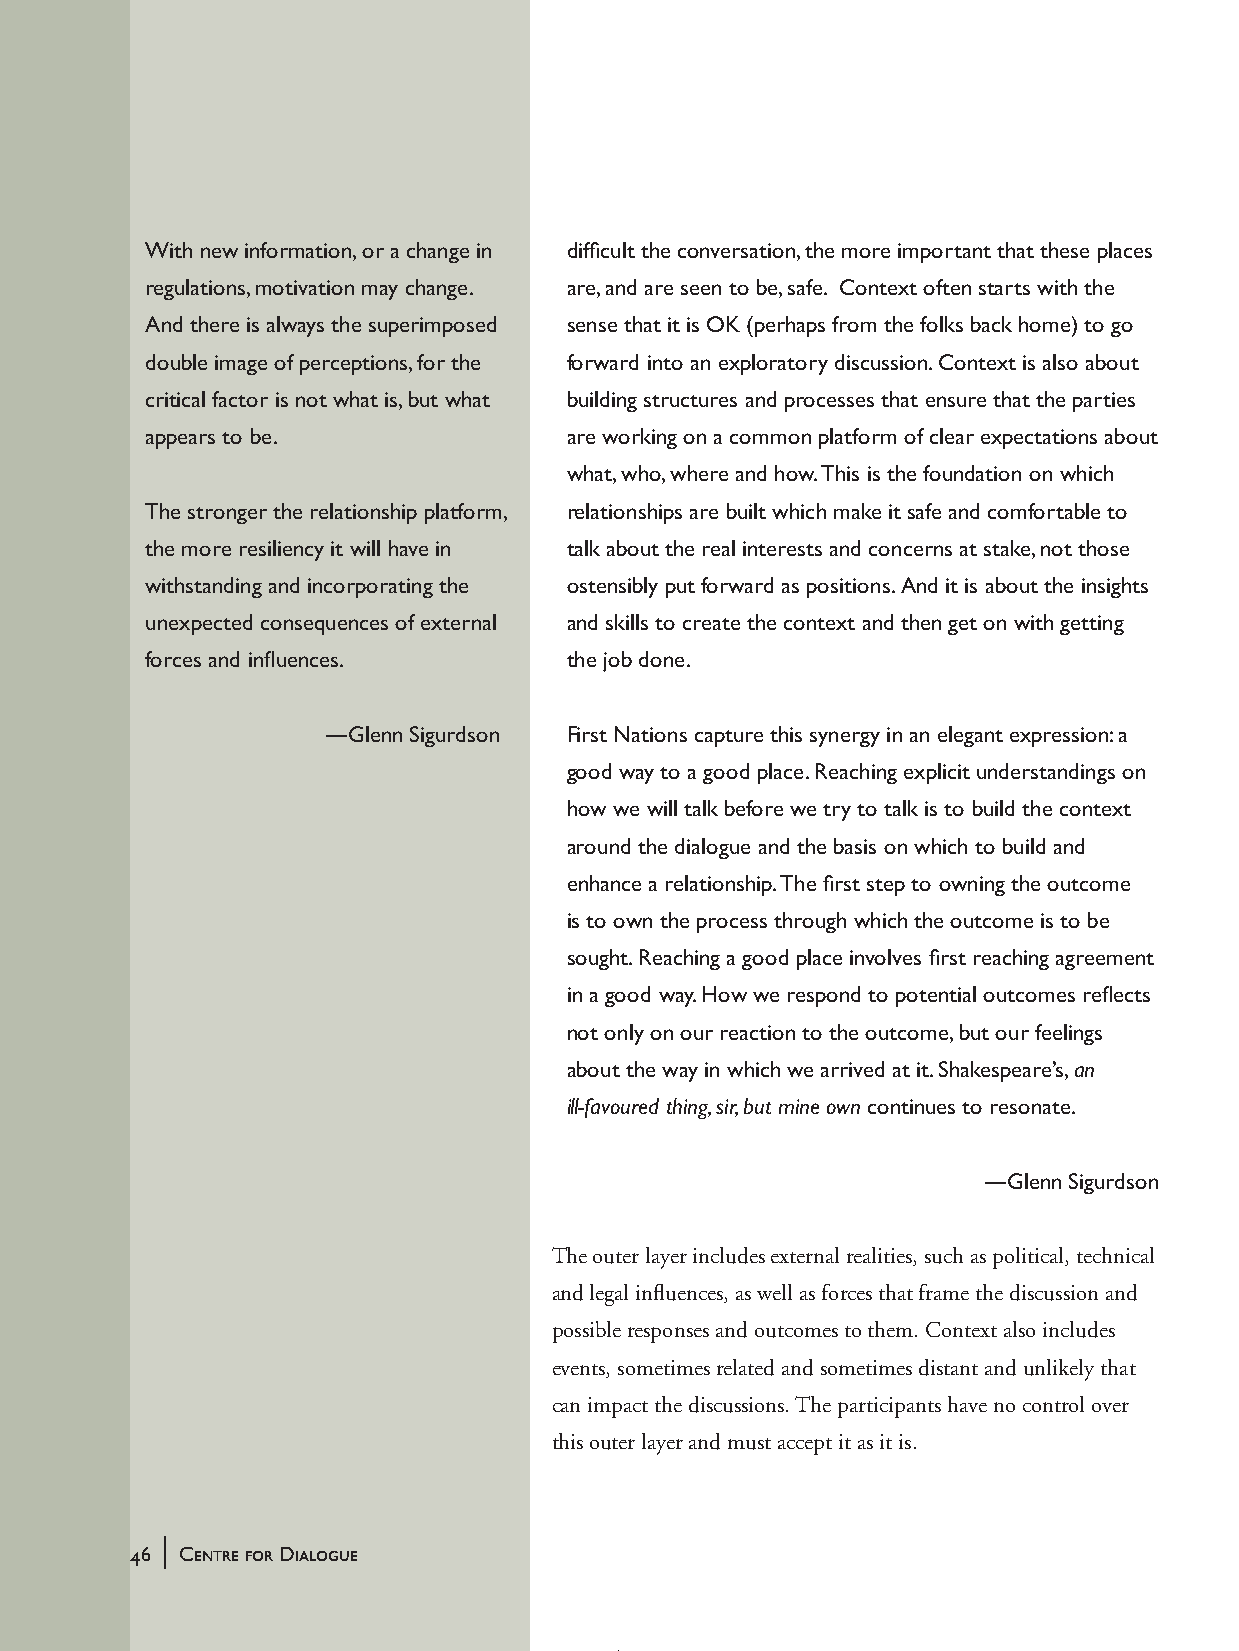
With new information, or a change in difficult the conversation, the more important that these places
 regulations, motivation may change. are, and are seen to be, safe. Context often starts with the
 And there is always the superimposed sense that it is OK (perhaps from the folks back home) to go
 double image of perceptions, for the forward into an exploratory discussion. Context is also about
 critical factor is not what is, but what building structures and processes that ensure that the parties
 appears to be.             are working on a common platform of clear expectations about
 what, who, where and how. This is the foundation on which
 The stronger the relationship platform, relationships are built which make it safe and comfortable to
 the more resiliency it will have in talk about the real interests and concerns at stake, not those
 withstanding and incorporating the ostensibly put forward as positions. And it is about the insights
 unexpected consequences of external and skills to create the context and then get on with getting
 forces and influences.     the job done.
 —Glenn Sigurdson First Nations capture this synergy in an elegant expression: a
 good way to a good place. Reaching explicit understandings on
 how we will talk before we try to talk is to build the context
 around the dialogue and the basis on which to build and
 enhance a relationship. The first step to owning the outcome
 is to own the process through which the outcome is to be
 sought. Reaching a good place involves first reaching agreement
 in a good way. How we respond to potential outcomes reflects
 not only on our reaction to the outcome, but our feelings
 about the way in which we arrived at it. Shakespeare’s, an
 ill-favoured thing, sir, but mine own continues to resonate.
 —Glenn Sigurdson
 The outer layer includes external realities, such as political, technical
 and legal influences, as well as forces that frame the discussion and
 possible responses and outcomes to them. Context also includes
 events, sometimes related and sometimes distant and unlikely that
 can impact the discussions. The participants have no control over
 this outer layer and must accept it as it is.
 |
 46 Centre for Dialogue
 handbook_web         46                             5/30/04, 4:37 PM